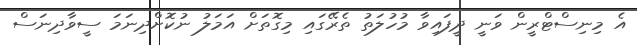
އެ މިނިސްޓްރީން ވަނީ ދީފައިވާ މުހުލަތު ތެރޭގައި މިގޮތަށް އަމަލު ނުކޮށްދިނަމަ ސީވާދިނަސް